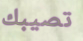
تصيبك